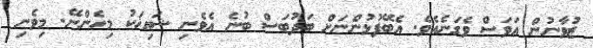
ޒުވާނުން އަވަސް ވެގަނެއެވެ. އެބޭފުޅުންނަށް ބަދުބަސް ބުނެ އެވެނި ޝައިޚަކު މިހެންނޭ. މިވެނި